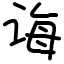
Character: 诲